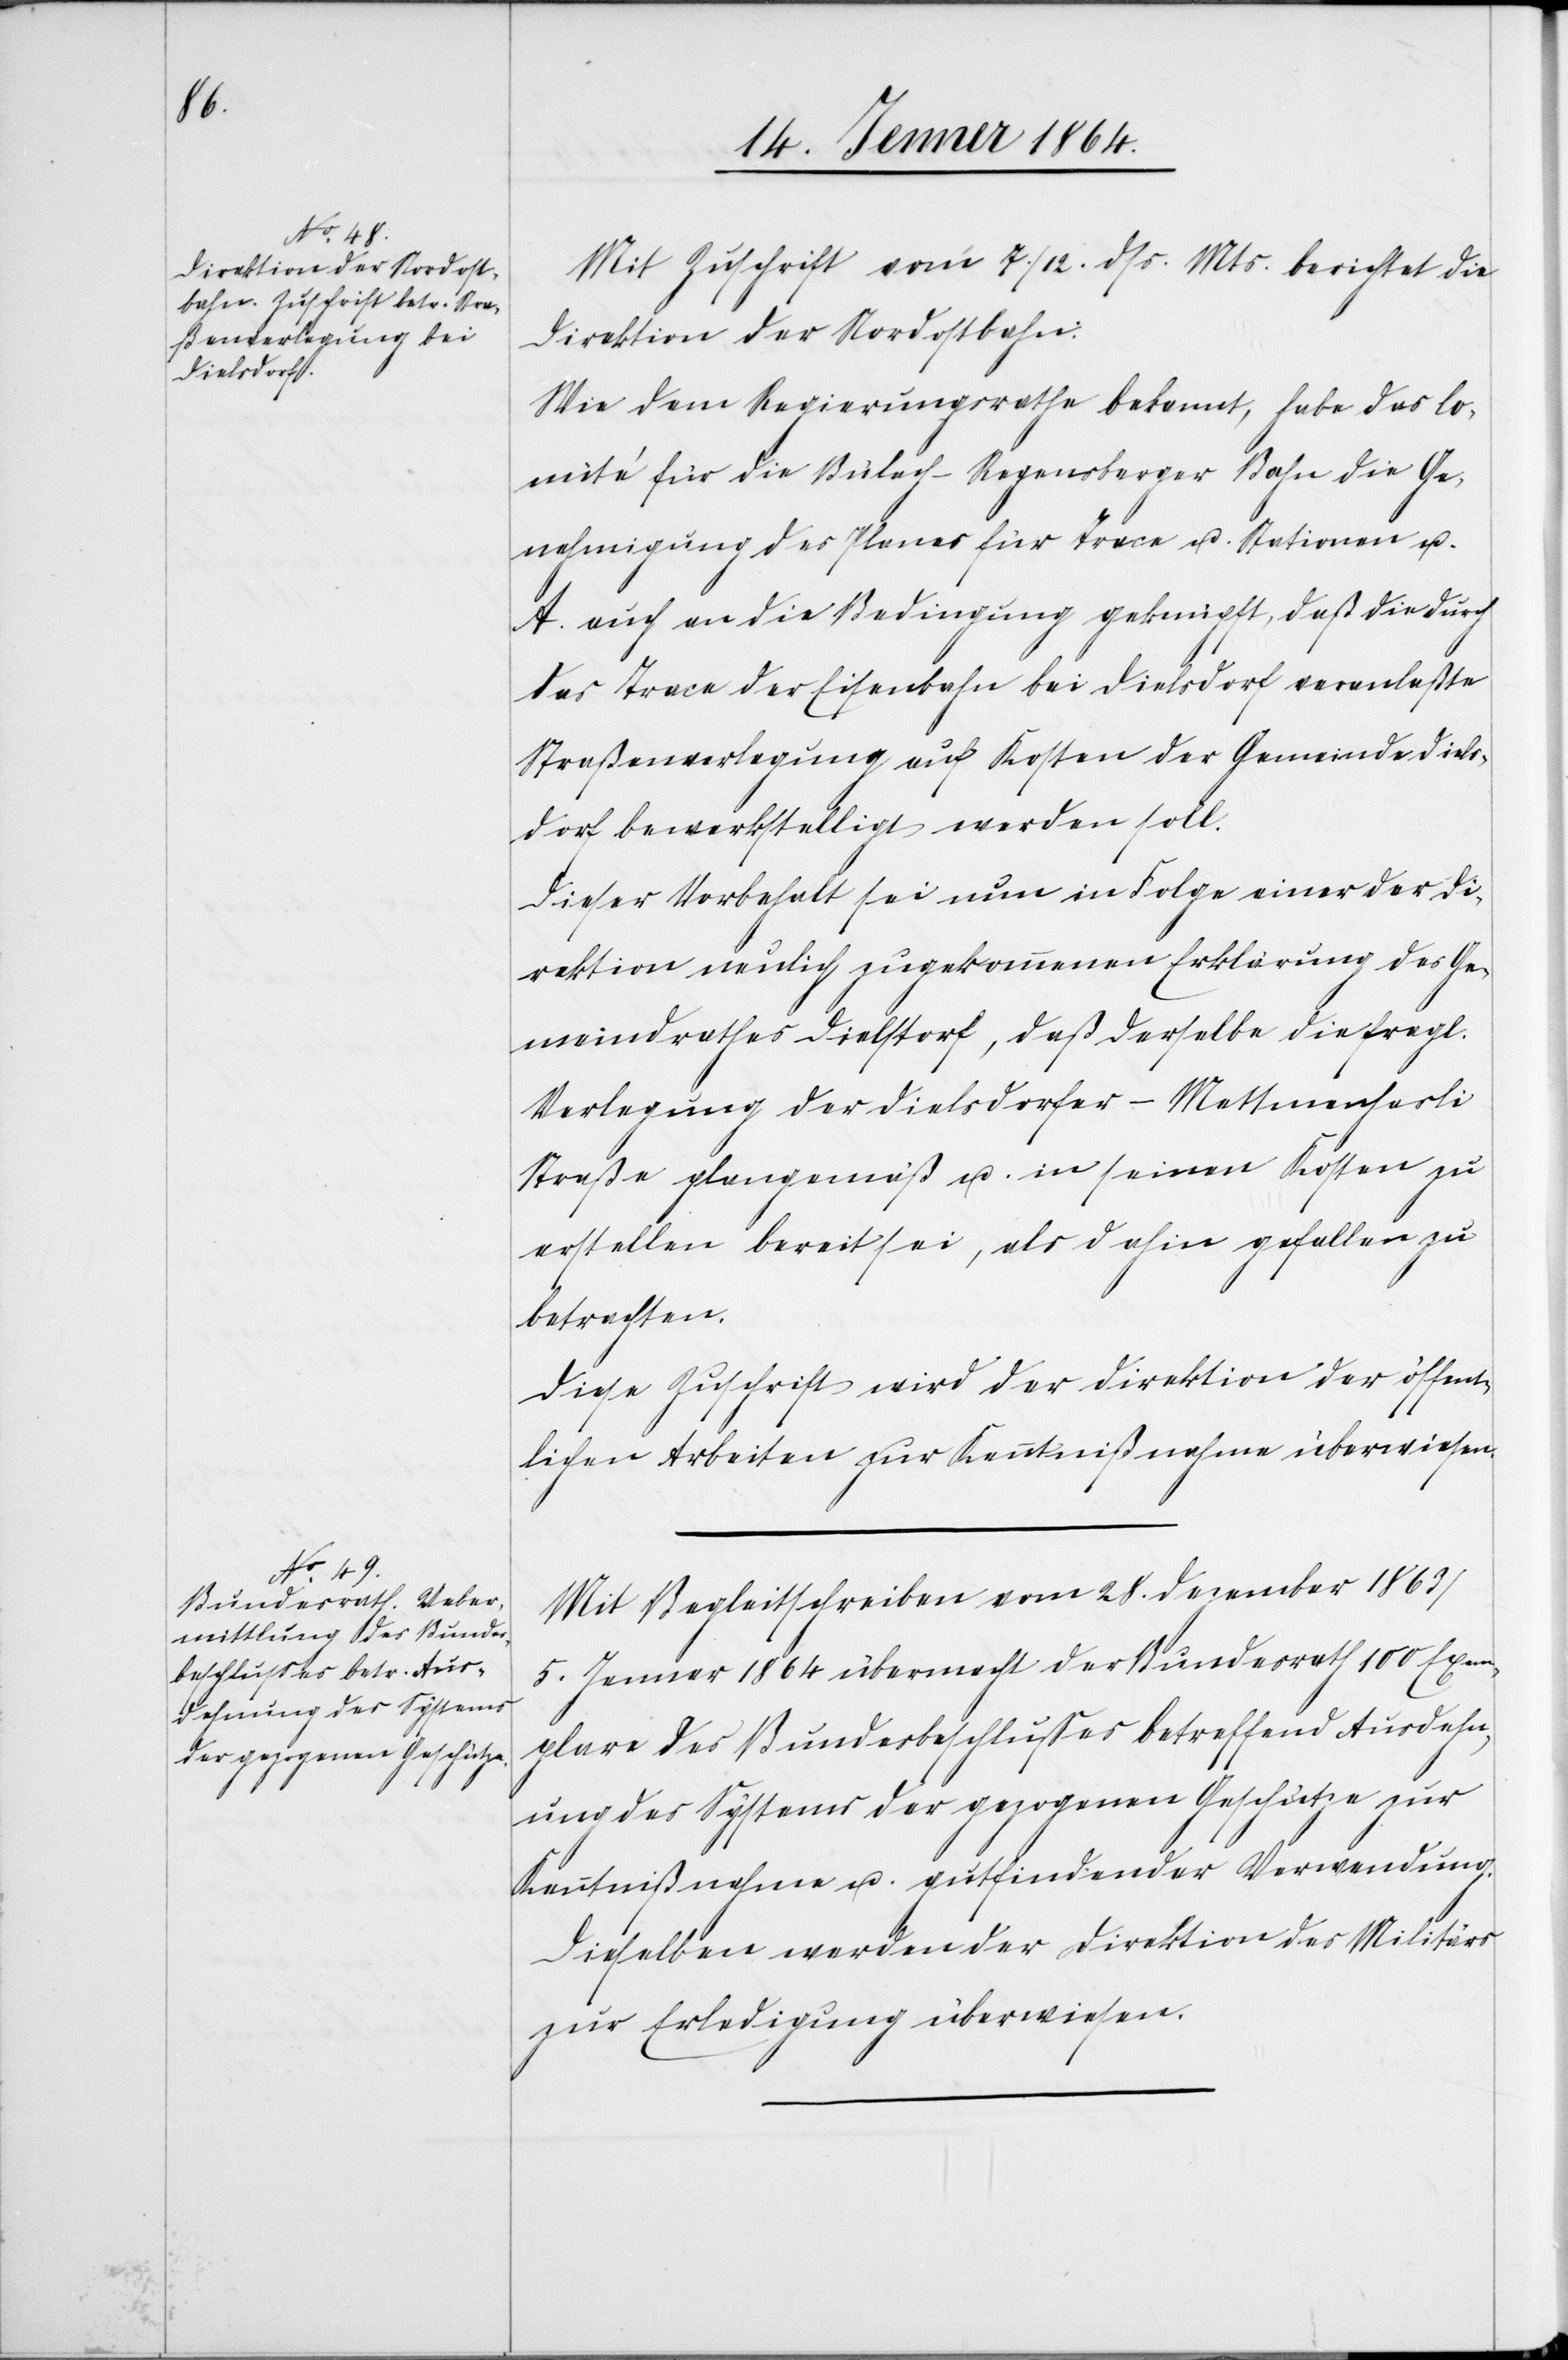
Mit Zuschrift vom 7./12. dss. Mts. berichtet die
Direktion der Nordostbahn:
Wie dem Regierungsrathe bekannt, habe das Co¬
mité für die Bülach-Regensburger Bahn die Ge¬
nehmigung des Planes für Trace u. Stationen u.
A. auch an die Bedingung geknüpft, daß die durch
das Trace der Eisenbahn bei Dielsdorf veranlaßte
Straßenverlegung auf Kosten der Gemeinde Diels¬
dorf bewerkstelligt werden soll.
Dieser Vorbehalt sei nun in Folge einer der Di¬
rektion neulich zugekommenen Erklärung des Ge¬
meindrathes Dielstorf, daß derselbe die fragl.
Verlegung der Dielsdorfer-Mettmenhasli
Straße plangemäß u. in seinen Kosten zu
erstellen bereit sei, als dahin gefallen zu
betrachten.
Diese Zuschrift wird der Direktion der öffent¬
lichen Arbeiten zur Kenntnißnahme überwiesen.
Mit Begleitschreiben vom 28. Dezember 1863/5.
Januar 1864 übermacht der Bundesrath 100 Exem¬
plare des Bundesbeschlusses betreffend Ausdehn¬
ung des Systems der gezogenen Geschütze zur
Kenntnißnahme u. gutfindender Verwendung.
Dieselben werden der Direktion des Militärs
zur Erledigung überwiesen.